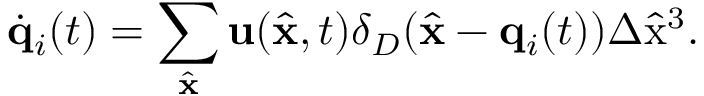
\dot { { \bf q } } _ { i } ( t ) = \sum _ { \hat { { \bf x } } } { \bf u } ( \hat { { \bf x } } , t ) \delta _ { D } ( \hat { { \bf x } } - { \bf q } _ { i } ( t ) ) \Delta \hat { \mathrm { x } } ^ { 3 } .